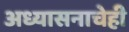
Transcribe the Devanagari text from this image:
अध्यासनाचेही